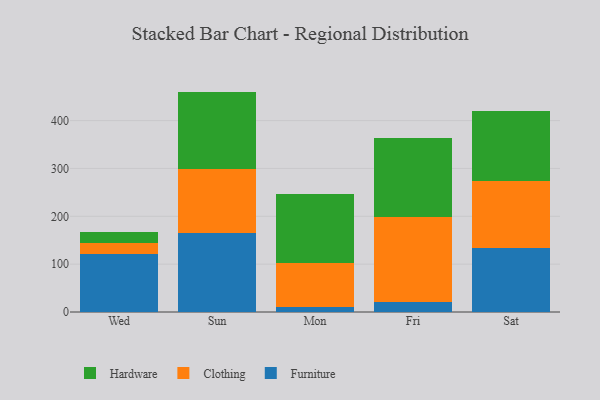
{"axis": {"x": "Day", "y": "Demand Index"}, "legend": ["Clothing", "Furniture", "Hardware"], "data": [{"x": "Wed", "y": 121.2, "type": "Furniture"}, {"x": "Wed", "y": 22.6, "type": "Clothing"}, {"x": "Wed", "y": 22.7, "type": "Hardware"}, {"x": "Sun", "y": 165.8, "type": "Furniture"}, {"x": "Sun", "y": 133.9, "type": "Clothing"}, {"x": "Sun", "y": 160.9, "type": "Hardware"}, {"x": "Mon", "y": 11.3, "type": "Furniture"}, {"x": "Mon", "y": 91.6, "type": "Clothing"}, {"x": "Mon", "y": 144.3, "type": "Hardware"}, {"x": "Fri", "y": 20.6, "type": "Furniture"}, {"x": "Fri", "y": 177.5, "type": "Clothing"}, {"x": "Fri", "y": 164.8, "type": "Hardware"}, {"x": "Sat", "y": 134.0, "type": "Furniture"}, {"x": "Sat", "y": 139.1, "type": "Clothing"}, {"x": "Sat", "y": 147.3, "type": "Hardware"}]}